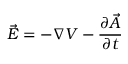
{ \vec { E } } = - \nabla V - { \frac { \partial { \vec { A } } } { \partial t } }